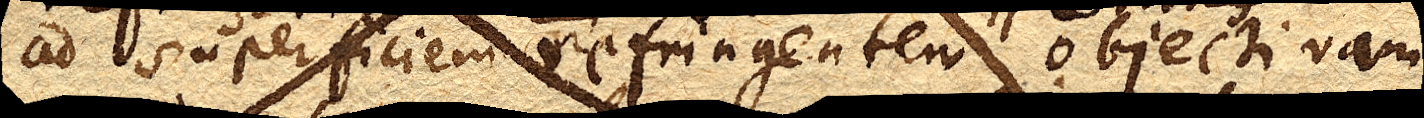
ad superficiem refringentem objectivam.